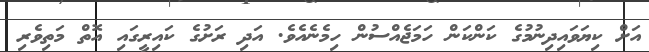
އަށް ކިޔަވައިދިނުމުގެ ކަންކަން ހަމަޖެއްސުން ހިމެނެއެވެ. އަދި ރަށުގެ ކައިރީގައި އޮތް މަތިވެރި